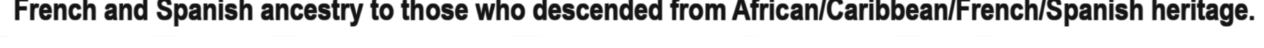
French and Spanish ancestry to those who descended from African/Caribbean/French/Spanish heritage.